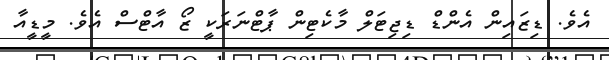
އެވެ. ޑިޒައިން އެންޑް ޑިޖިޓަލް މާކެޓިން ޕާޓްނަރަކީ ޒޯ އާޓްސް އެވެ. މީޑީއާ